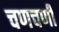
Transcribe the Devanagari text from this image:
चणचणी